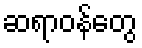
ဆရာဝန်တွေ